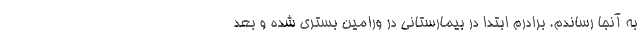
به آنجا رساندم. برادرم ابتدا در بیمارستانی در ورامین بستری شده و بعد